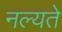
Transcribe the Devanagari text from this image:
नल्यते